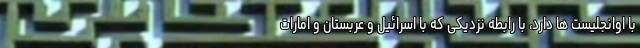
با اوانجلیست ها دارد، با رابطه نزدیکی که با اسرائیل و عربستان و امارات